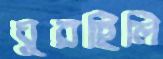
ঘুরছিলি